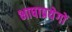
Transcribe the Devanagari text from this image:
भाषाप्रयेगों